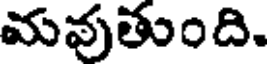
మవుతుంది.